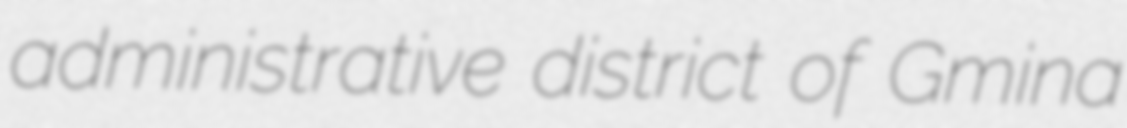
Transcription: administrative district of Gmina